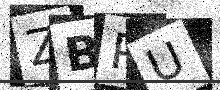
Text: ZBPU